Senior Leaving Certificate Examination (including Day School Certificate (Higher) General paper), 1946
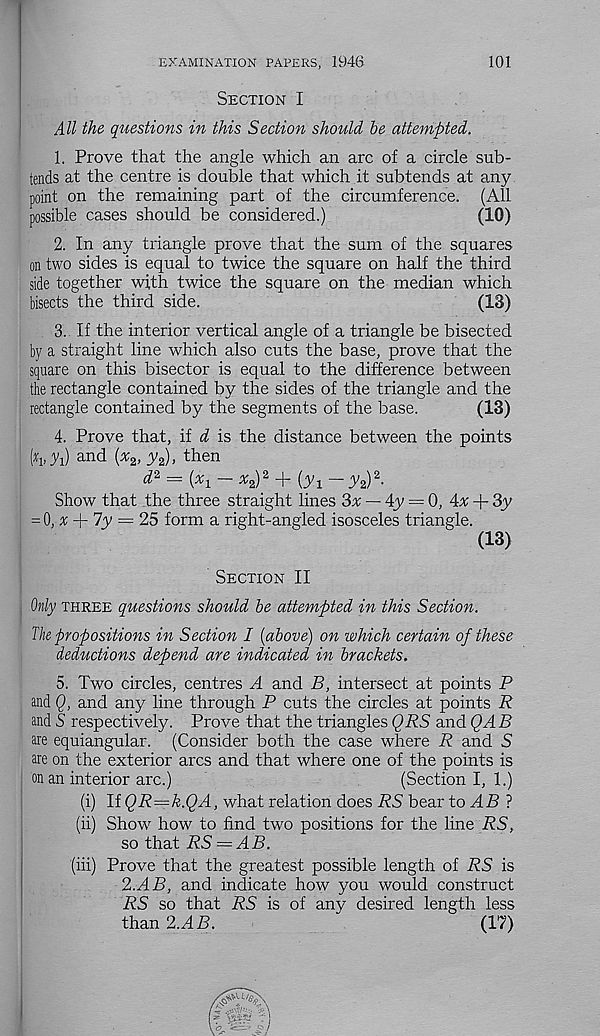
EXAMINATION PAPERS, 1946
101
Section I
All the. questions in this Section should be attempted.
1. Prove that the angle which an arc of a circle sub-
tends at the centre is double that which it subtends at any
point on the remaining part of the circumference. (All
possible cases should be considered.)
(10)
2. In any triangle prove that the sum of the squares
on two sides is equal to twice the square on half the third
side together with twice the square on the median which
bisects the third side.
(13)
3. If the interior vertical angle of a triangle be bisected
by a straight line which also cuts the base, prove that the
square on this bisector is equal to the difference between
the rectangle contained by the sides of the triangle and the
rectangle contained by the segments of the base.
(13)
4. Prove that, if d is the distance between the points
(% A) and (* 2 , y 2 ), then
d* = (xi - % 2 ) 2 + (yi -ys) 2 -
Show that the three straight lines 3x — 4y = 0, 4x + 3y
= 0, # + 7y = 25 form a right-angled isosceles triangle.
(13)
Section II
Only three questions should be attempted in this Section.
The propositions in Section I [above) on which certain of these
deductions depend are indicated in brackets.
5. Two circles, centres A and B, intersect at points P
and Q, and any line through P cuts the circles at points R
and S respectively. Prove that the triangles QRS and QAB
are equiangular. (Consider both the case where R and S
are on the exterior arcs and that where one of the points is
on an interior arc.)
(Section I, 1.)
(i) If QR=k.QA, what relation does RS bear to AB ?
(ii) Show how to find two positions for the line RS,
so that RS = AB.
(in) Prove that the greatest possible length of RS is
2.AB, and indicate how you would construct
RS so that RS is of any desired length less
than 2.AB.
(17)